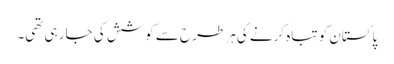
پاکستان کو تباہ کرنے کی ہر طرح سے کوشش کی جا رہی تھی۔